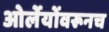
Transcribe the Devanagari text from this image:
ओर्लेयोंवरूनच